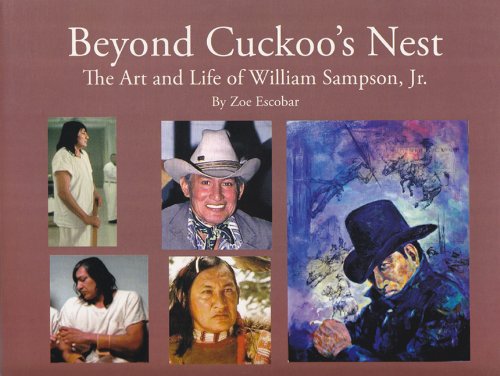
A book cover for Beyond Cuckoo's Nest: The Art and Life of William Sampson, Jr.; Zoe Escobar; Biographies & Memoirs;